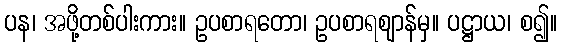
ပန၊ အဖို့တစ်ပါးကား။ ဥပစာရတော၊ ဥပစာရဈာန်မှ။ ပဋ္ဌာယ၊ စ၍။